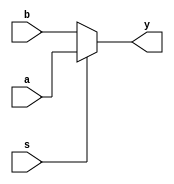
module mux(a,b,s,y);
    input a,b,s;
    output reg y;

    always @(s)
        begin
            if(s==1)
                y=a;
            else
                y=b;
        end
endmodule